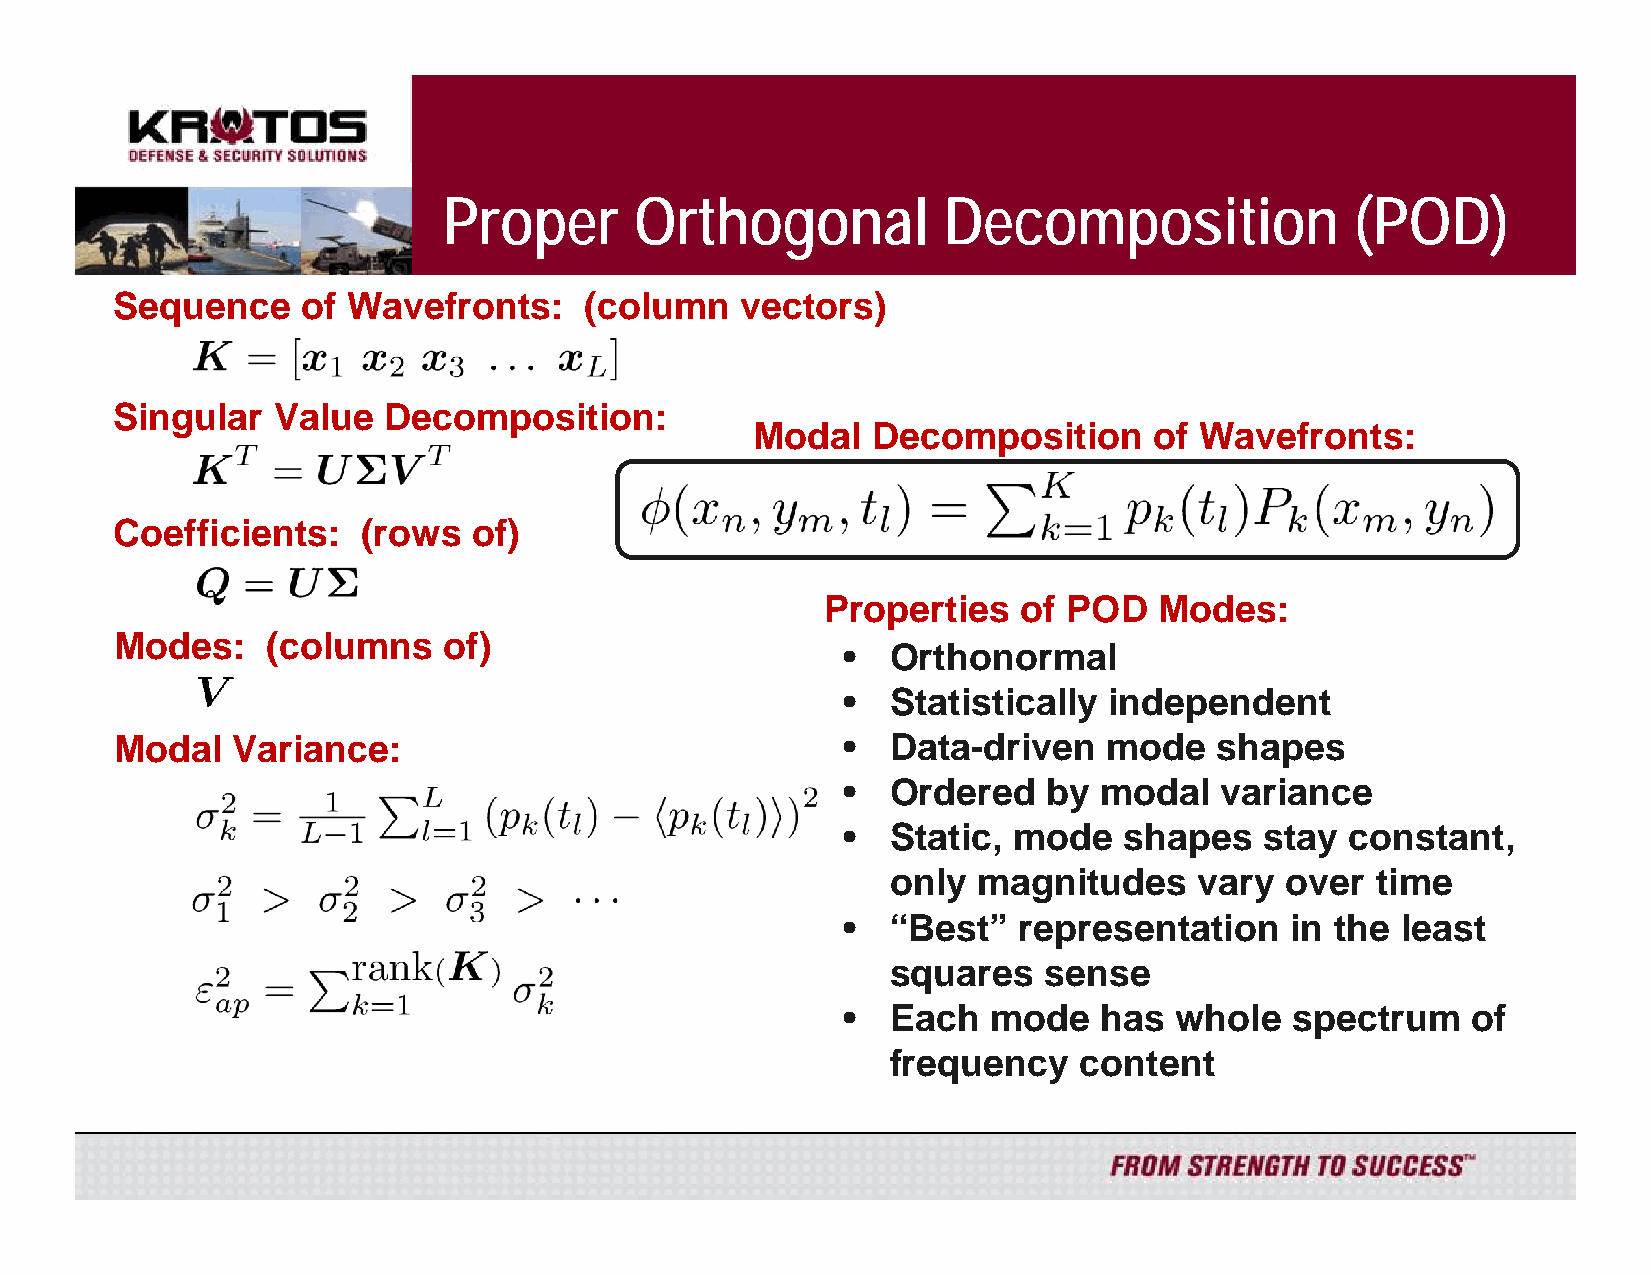
Proper       Orthogonal          Decomposition               (POD)
 Sequence     of Wavefronts:     (column   vectors)
 Singular   Value  Decomposition:
 Modal   Decomposition     of Wavefronts:
 Coefficients:    (rows  of)
 Properties   of POD   Modes:
 Modes:    (columns   of)
 •  Orthonormal
 •  Statistically independent
 Modal  Variance:                                •  Data-driven   mode    shapes
 •  Ordered   by  modal   variance
 •  Static, mode   shapes    stay constant,
 only  magnitudes    vary  over  time
 •  “Best”  representation    in the  least
 squares   sense
 •  Each   mode   has  whole  spectrum    of
 frequency   content